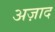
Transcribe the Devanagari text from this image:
अज़ाद